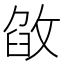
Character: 𢽶